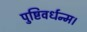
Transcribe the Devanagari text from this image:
पुष्टिवर्धन्म।